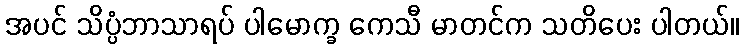
အပင် သိပ္ပံဘာသာရပ် ပါမောက္ခ ကေသီ မာတင်က သတိပေး ပါတယ်။